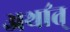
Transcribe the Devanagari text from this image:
अथा॔त्